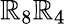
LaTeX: \mathbb{R}_{8}\mathbb{R}_{4}